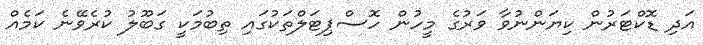
އަދި ޑޮކްޓަރުން ކިޔަންނުވާ ވަރުގެ މީހުން ހޮސްޕިޓަލްތަކުގައި ތިބުމަކީ ގަބޫލު ކުރެވޭނެ ކަމެއް